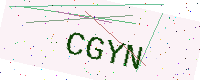
Text: CGYN